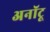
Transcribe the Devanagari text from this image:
अनॉटू